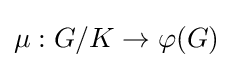
\mu :G/K\to \varphi (G)